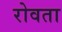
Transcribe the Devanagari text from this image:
रोवता